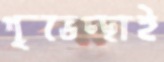
শুভেচ্ছাই